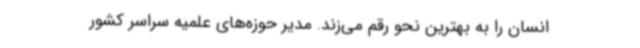
انسان را به بهترین نحو رقم می‌زند. مدیر حوزه‌های علمیه سراسر کشور